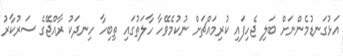
އަޅުގަނޑުމެންނަށް ބަލި ޖެހިފައި ކުރިމައްޗަށް ނުކުމެވޭހާ ހާލަތުގައި ތިބިހާ ހިނދަކު ރާއްޖޭގެ ސަރުކާރު